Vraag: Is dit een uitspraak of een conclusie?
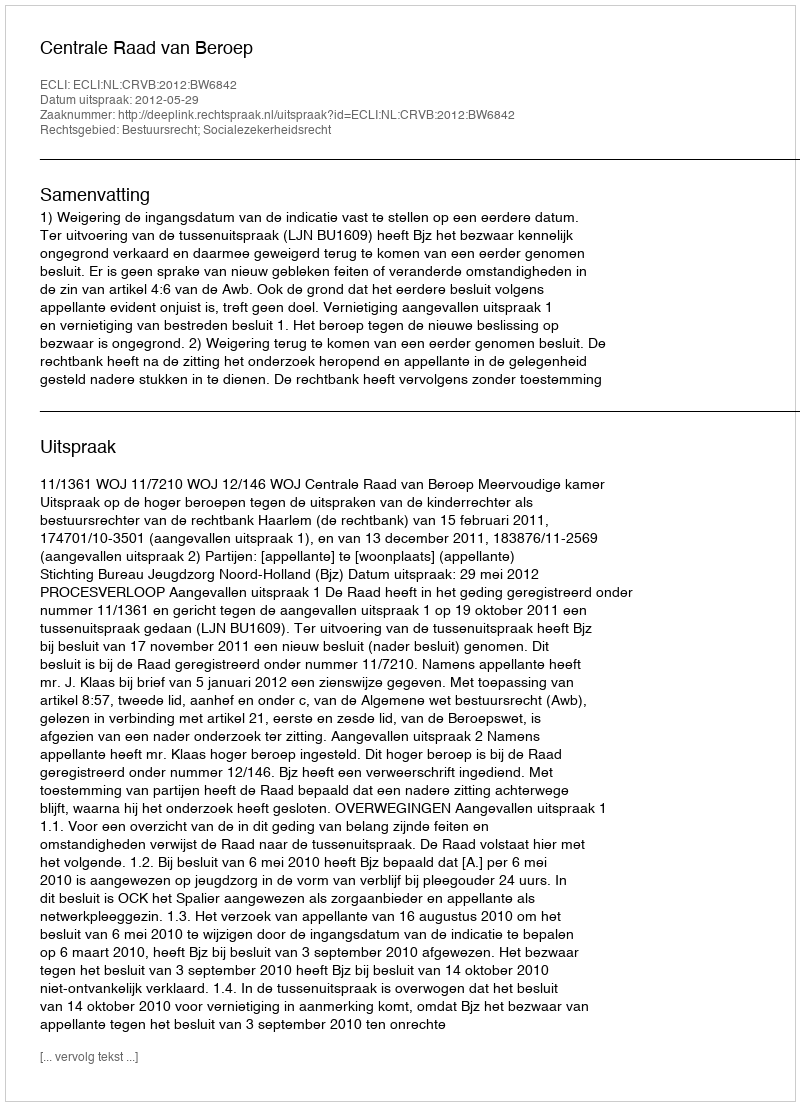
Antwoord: Uitspraak